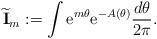
LaTeX: \begin{align*}\widetilde{\mathbf{I}}_m := \int {\rm e}^{m\theta} {\rm e}^{-A(\theta )}\frac{d\theta}{2\pi}.\end{align*}